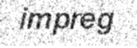
impreg